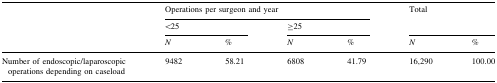
<table><thead><tr><td rowspan="3"></td><td colspan="4"><b>Operations per surgeon and year</b></td><td rowspan="2" colspan="2"><b>Total</b></td></tr><tr><td colspan="2"><b>&lt;25</b></td><td colspan="2"><b>≥25</b></td></tr><tr><td><b><i>N</i></b></td><td><b>%</b></td><td><b><i>N</i></b></td><td><b>%</b></td><td><b><i>N</i></b></td><td><b>%</b></td></tr></thead><tbody><tr><td>Number of endoscopic/laparoscopic operations depending on caseload</td><td>9482</td><td>58.21</td><td>6808</td><td>41.79</td><td>16,290</td><td>100.00</td></tr></tbody></table>